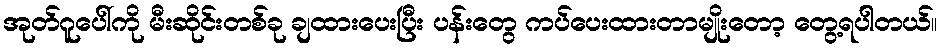
အုတ်ဂူပေါ်ကို မီးဆိုင်းတစ်ခု ချထားပေးပြီး ပန်းတွေ ကပ်ပေးထားတာမျိုးတော့ တွေ့ရပါတယ်။